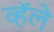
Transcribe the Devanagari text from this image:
व्हॅले